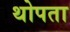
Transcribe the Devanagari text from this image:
थोपता